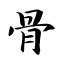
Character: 骨